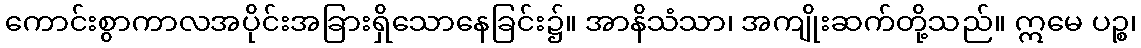
ကောင်းစွာကာလအပိုင်းအခြားရှိသောနေခြင်း၌။ အာနိသံသာ၊ အကျိုးဆက်တို့သည်။ ဣမေ ပဉ္စ၊